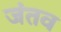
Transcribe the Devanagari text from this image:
जंतव